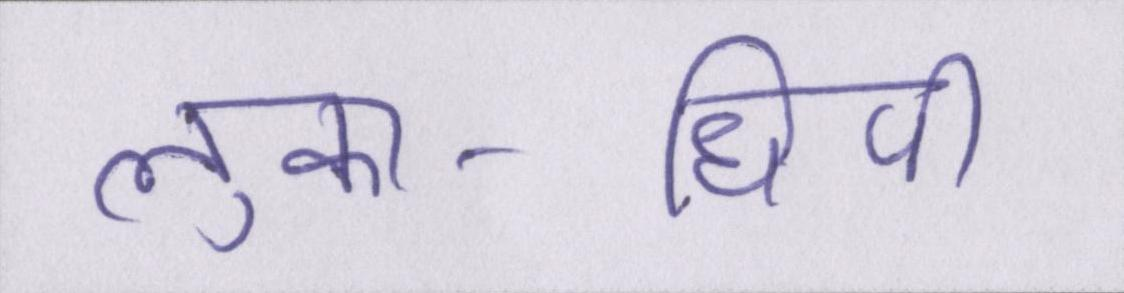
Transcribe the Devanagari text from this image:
लुका-छिपी